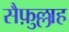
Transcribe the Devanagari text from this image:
सैफ़ुल्लाह